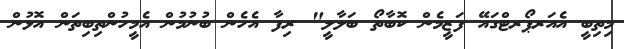
މިތިބީ އެއަރޕޯރޓްގައޭ ފަޒީމެން ކޮބާތޯ ބަލާލީ" ރިފާ އެހެން ބުނުމުން އެމީހުންތިބިތަން އޮޅުން